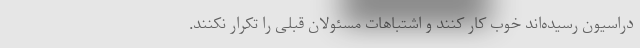
دراسیون رسیده‌اند خوب کار کنند و اشتباهات مسئولان قبلی را تکرار نکنند.